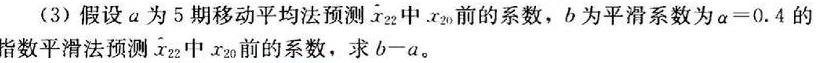
(3) 假设 \(a\) 为 5 期移动平均法预测 \(\hat{x}_{22}\) 中 \(x_{20}\) 前的系数，\(b\) 为平滑系数为 \(\alpha = 0.4\) 的指数平滑法预测 \(\hat{x}_{22}\) 中 \(x_{20}\) 前的系数，求 \(b - a\)。